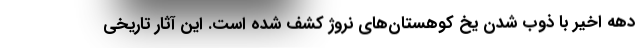
دهه اخیر با ذوب شدن یخ کوهستان‌های نروژ کشف شده است. این آثار تاریخی